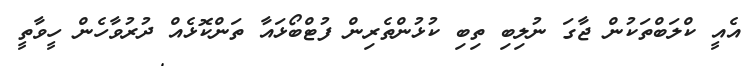
އެއީ ކްލަބްތަކުން ޖާގަ ނުލިބި ތިބި ކުޅުންތެރިން ފުޓްބޯޅައާ ތަންކޮޅެއް ދުރުވާހެން ހީވާތީ